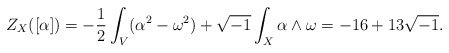
\begin{align*}Z_{X}([\alpha]) = -\frac{1}{2}\int_{V}(\alpha^{2}-\omega^{2})+\sqrt{-1}\int_{X}\alpha\wedge\omega= -16+13\sqrt{-1}.\end{align*}